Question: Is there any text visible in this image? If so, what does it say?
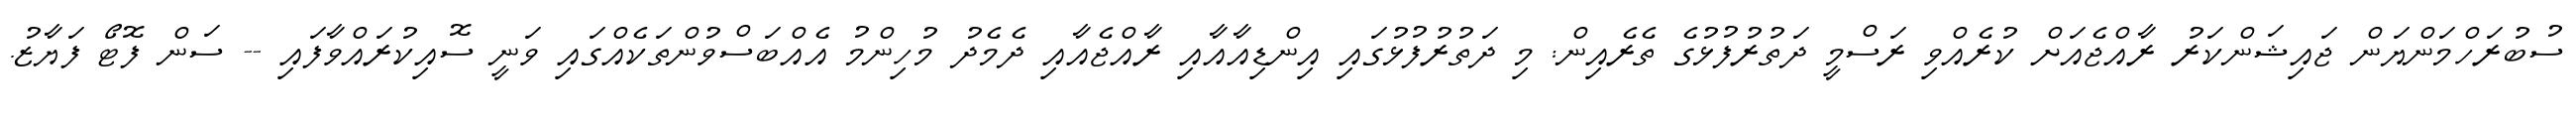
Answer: ސުބުރަހްމަންޔަން ޖައިޝަންކަރު ރާއްޖެއަށް ކުރެއްވި ރަސްމީ ދަތުރުފުޅުގެ ތެރެއިން: މި ދަތުރުފުޅުގައި އިންޑިއާއާއި ރާއްޖެއާއި ދެމެދު މުހިންމު އެއްބަސްވުންތަކެއްގައި ވަނީ ސޮއިކުރައްވާފައި -- ސަން ފޮޓޯ ފަޔާޒު.